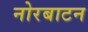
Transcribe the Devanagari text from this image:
नोरबाटन